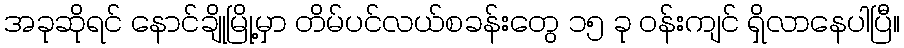
အခုဆိုရင် နောင်ချိုမြို့မှာ တိမ်ပင်လယ်စခန်းတွေ ၁၅ ခု ဝန်းကျင် ရှိလာနေပါပြီ။